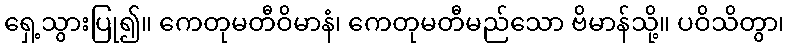
ရှေ့သွားပြု၍။ ကေတုမတီဝိမာနံ၊ ကေတုမတီမည်သော ဗိမာန်သို့။ ပဝိသိတွာ၊